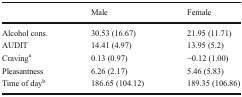
|  | Male | Female |
 | --- | --- | --- |
 | Alcohol cons. | 30.53 (16.67) | 21.95 (11.71) |
 | AUDIT | 14.41 (4.97) | 13.95 (5.2) |
 | Cravinga | 0.13 (0.97) | −0.12 (1.00) |
 | Pleasantness | 6.26 (2.17) | 5.46 (5.83) |
 | Time of dayb | 186.65 (104.12) | 189.35 (106.86) |